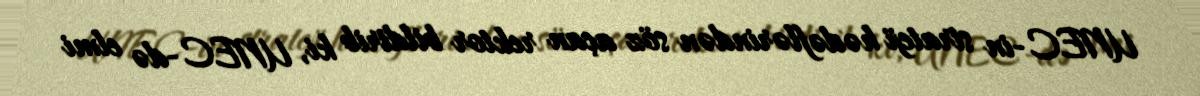
UNEC-in strateji hədəflərindən söz açan rektor bildirib ki, UNEC-də elmi